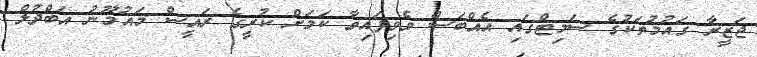
ޖަޒީރާ ގައުމުތަކުގެ ސަމިޓްގައި އެއްބަސް ވެވިފައިވާ ކަމަށް ކުރީގެ ރައީސް މައުމޫނު އަބްދުލް